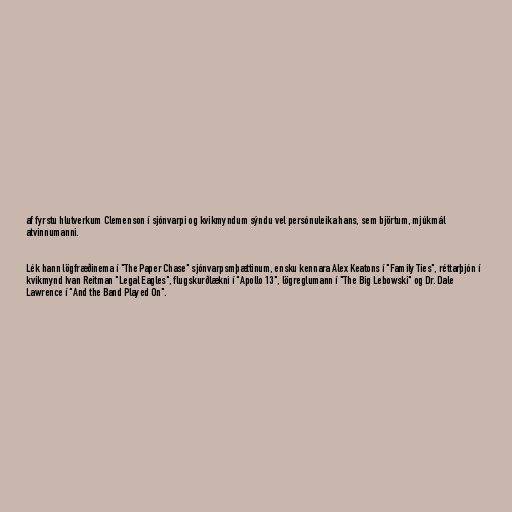
af fyrstu hlutverkum Clemenson í sjónvarpi og kvikmyndum sýndu vel persónuleika hans, sem björtum, mjúkmál
atvinnumanni.

Lék hann lögfræðinema í "The Paper Chase" sjónvarpsmþættinum, ensku kennara Alex Keatons í "Family Ties", réttarþjón í
kvikmynd Ivan Reitman "Legal Eagles", flugskurðlækni í "Apollo 13", lögreglumann í "The Big Lebowski" og Dr. Dale
Lawrence í "And the Band Played On".